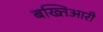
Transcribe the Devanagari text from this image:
बख्तिआरी